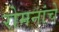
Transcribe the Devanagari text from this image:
रोमनांचे